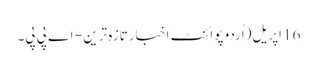
16 اپریل(اُردو پوائنٹ اخبارتازہ ترین - اے پی پی۔